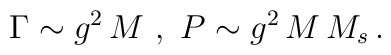
\Gamma \sim g^2 \, M \ , \ P \sim g^2 \, M \, M_s \, .